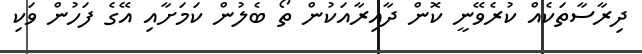
ދިރާސާތަކެއް ކުރެވޭނީ ކޮން ދާއިރާއަކުން ތޯ ބެލުން ކަމަށާއި އޭގެ ފަހުން ވަކި